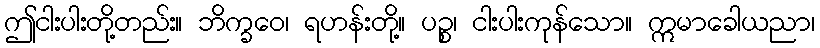
ဤငါးပါးတို့တည်း။ ဘိက္ခဝေ၊ ရဟန်းတို့။ ပဉ္စ၊ ငါးပါးကုန်သော။ ဣမာခေါယညာ၊